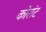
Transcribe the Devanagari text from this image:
कोरांट